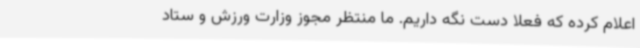
اعلام کرده که فعلا دست نگه داریم. ما منتظر مجوز وزارت ورزش و ستاد